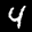
Label: 4